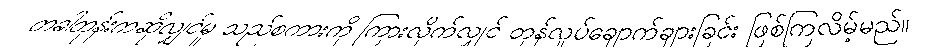
တခါတုန်းကဆိုလျှင်မူ သည်စကားကို ကြားလိုက်လျှင် တုန်လှုပ်ချောက်ချားခြင်း ဖြစ်ကြလိမ့်မည်။